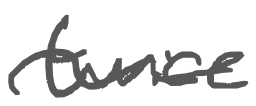
Text: twice
Cross-out: wave
Writing tool: digital_gray